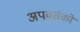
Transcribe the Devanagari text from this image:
अपवर्तकों